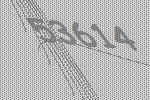
53614